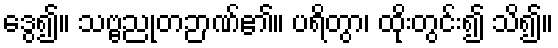
ဒွေ၍။ သဗ္ဗညုတဉာဏ်၏။ ပရိတွာ၊ ထိုးတွင်း၍ သိ၍။